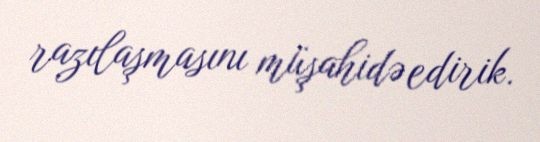
razılaşmasını müşahidə edirik.